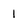
Character: 1